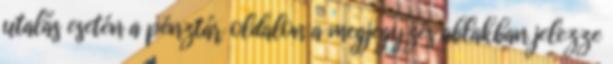
utalás esetén a pénztár oldalon a megjegyzés ablakban jelezze